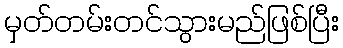
မှတ်တမ်းတင်သွားမည်ဖြစ်ပြီး